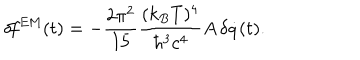
\delta \! f ^ { \mathrm { E M } } ( t ) = - { \frac { 2 \pi ^ { 2 } } { 1 5 } } { \frac { ( k _ { B } T ) ^ { 4 } } { \hbar ^ { 3 } c ^ { 4 } } } A \, \delta \dot { q } ( t ) .